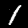
Digit: 1